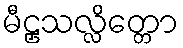
မီဠှသလ္လိတ္တော